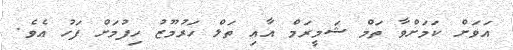
އަވަށް ކަމަށްވާ ތަމް ޝަމީރަމް އާއި ތަލް ހަރުމޫޒު ހިފުމަށް ފަހު އެވެ.